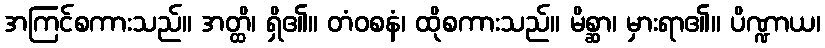
အကြင်စကားသည်။ အတ္ထိ၊ ရှိ၏။ တံဝစနံ၊ ထိုစကားသည်။ မိစ္ဆာ၊ မှားရာ၏။ ပိဏ္ဍာယ၊